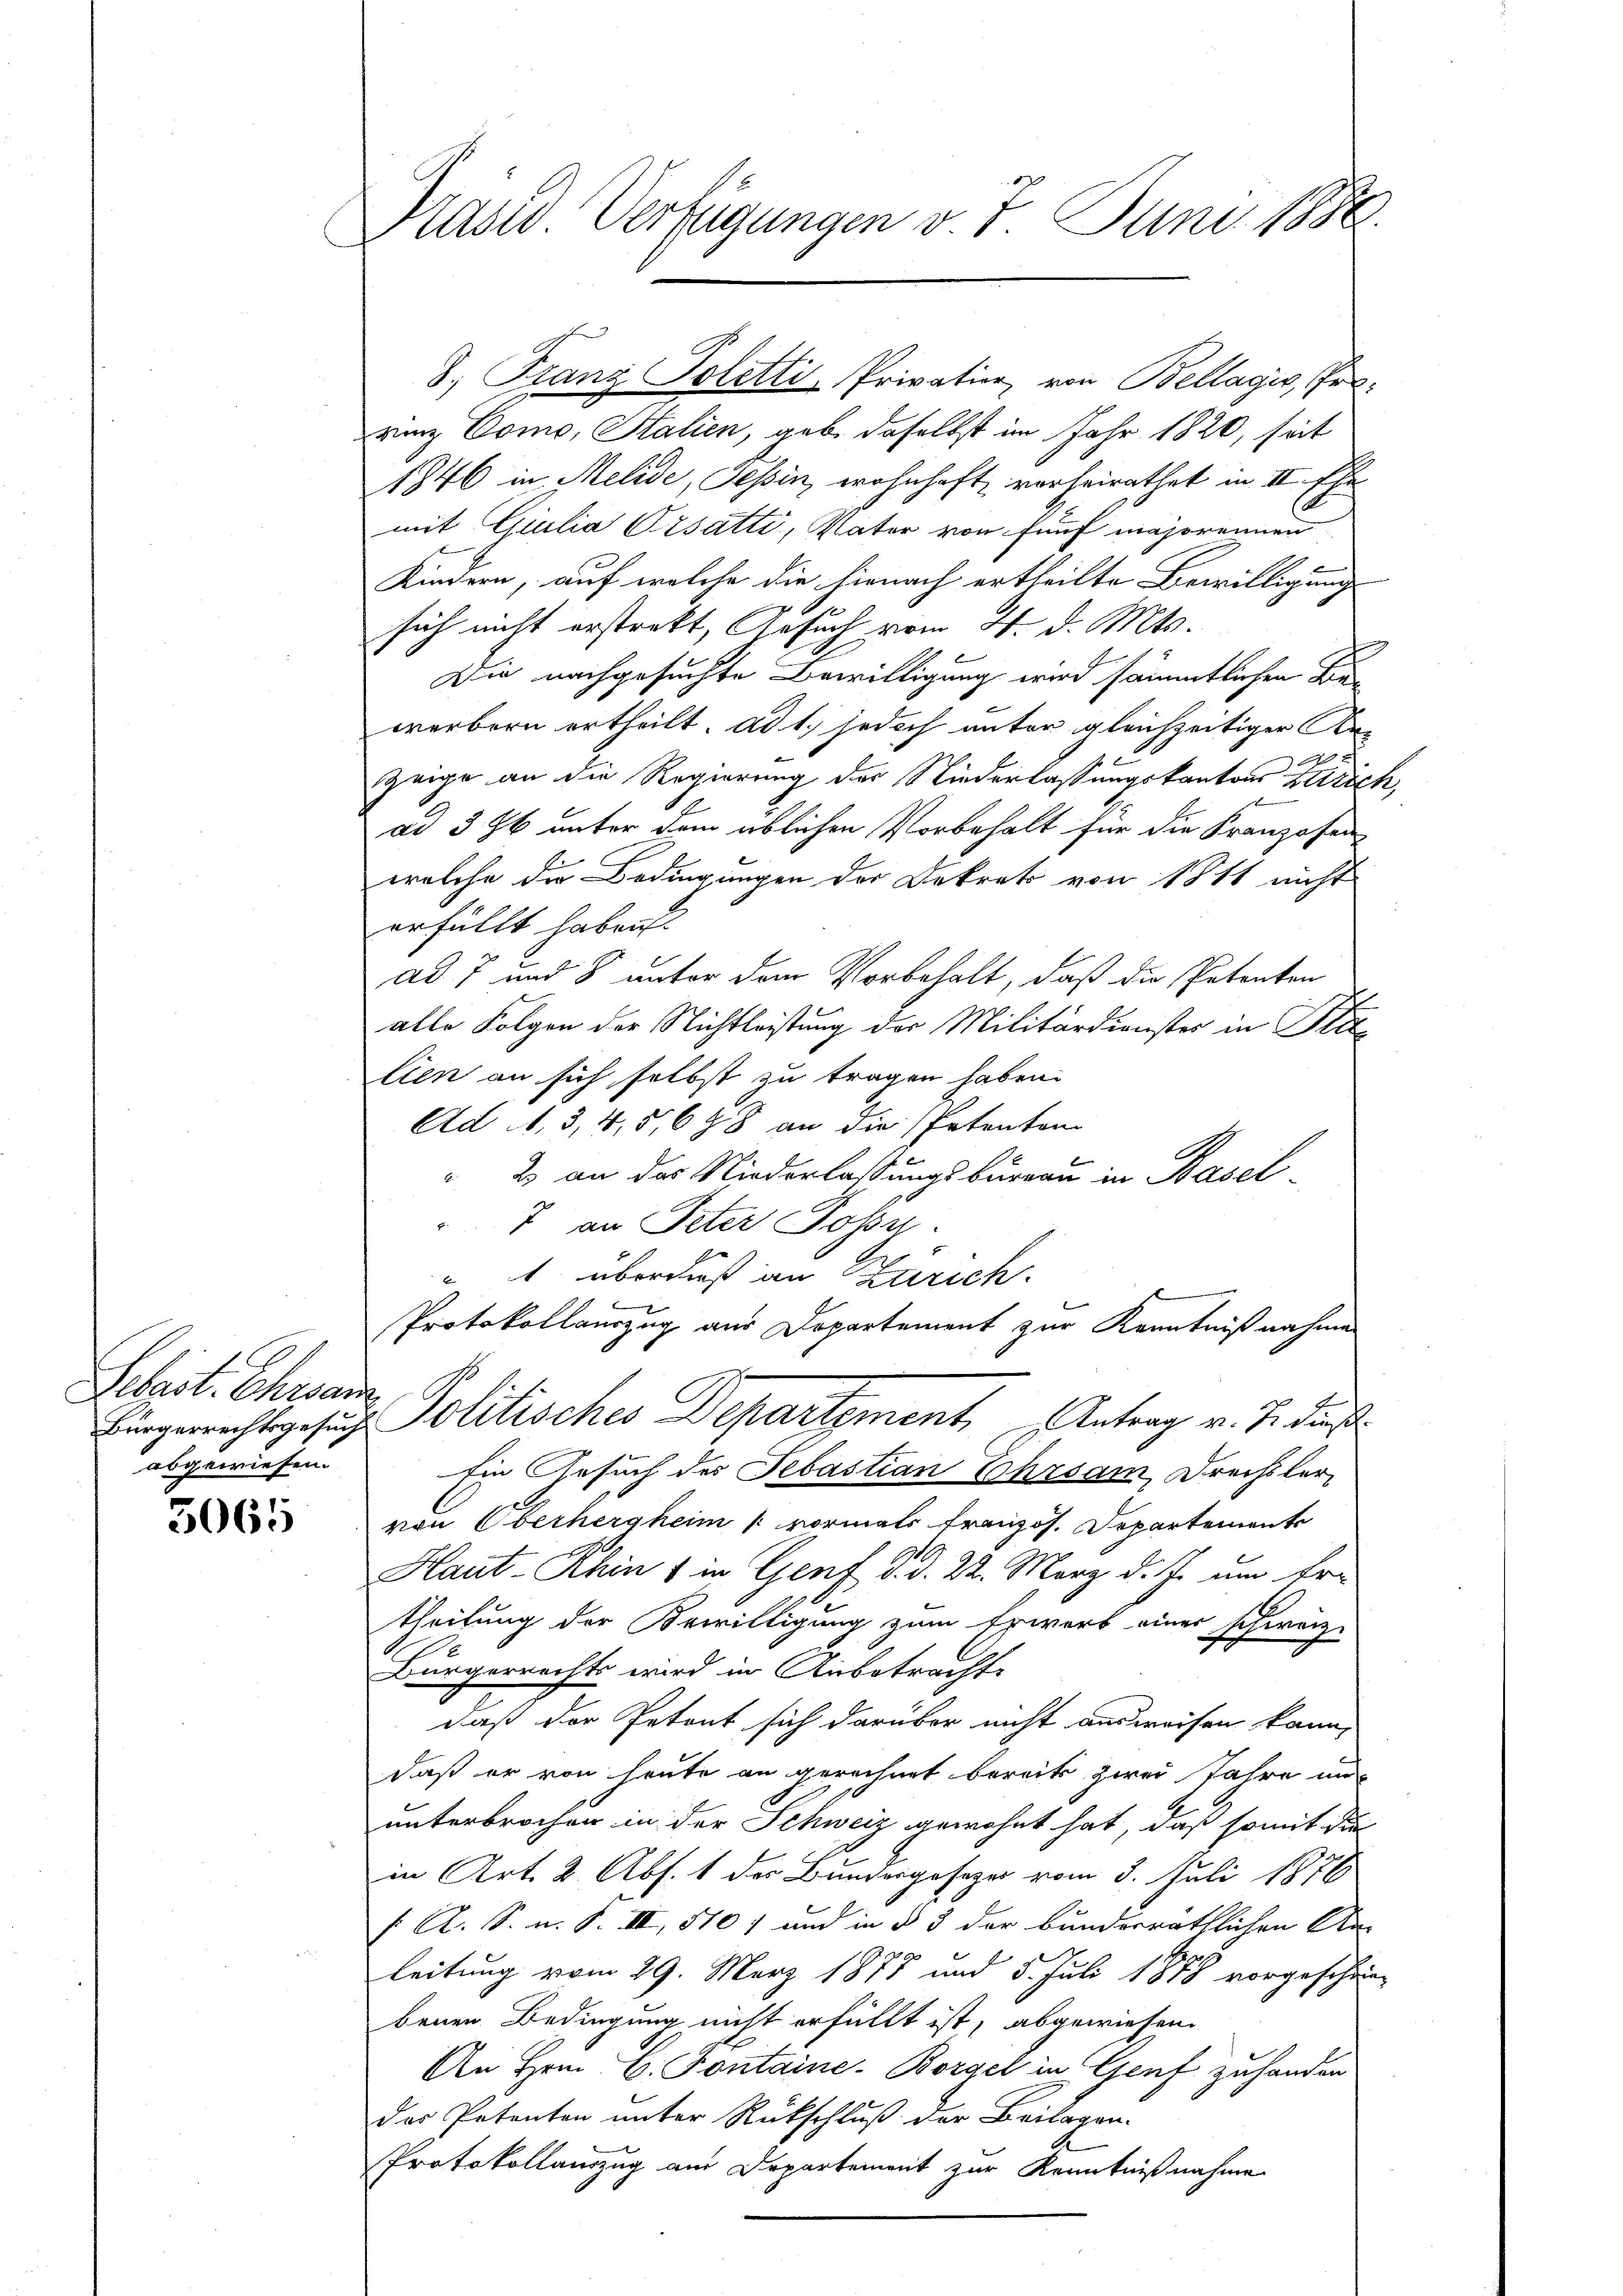
Sebast. Chronin
abgewiesen.

3065

Präsid. Verfügungen v. 7. Juni 1886.

rinz Como, Stalien, geb. daselbst im Jahr 1820, seit
1846 in Melide, Tessin, wohnhaft vorheirathet in II. Ehe
mit Giulia Ursatti, Vater von fünf majorennen
Kindern, auf welche die hienach ertheilte Bewilligung
sich nicht erstrakt, Gesuch vom 4. d. Mts.
Die nachgesuchte Bewilligung wird sämmtlichen Be
werbern ertheilt. ad 1. jedoch unter gleichzeitiger An¬
Zeige an die Regierung der Niederlassungskantons Zürich,
ad 396 unter dem üblichen Vorbehalt für die Kranzosen-
welche die Bedingungen der Dekrets von 1811 nicht
erfüllt haben.
ad 7 und 8 unter den Vorbehalt, daß die Petenten
alle Folgen der Nichtleistung der Militärdienster in Blitlien an sich selbst zu tragen haben.
Ad A, 3, 4, 5, 698 an die Petenton
" 2 an das Niederlassungsbureau in Basel-
7 an Peter Josu
 1 überdieß an Zürich.
5
9
Protokollauszug aus Departement zur Kenntnißnahmen
Eingerechtsgesuch Politisches Departement Antrag v. J. dieß
Ein Gesuch des Sebastian Ehrsam, Drechsler-
ven Oberhergheim vormals französ. Departemente
Haut-Rhin 1 in Genf d. d. 22. März d. J. um Er-
theilung der Bewilligung zum Erwerb einer schweiz.
Bürgerrechts wird in Anbetrachte
daß der Petent sich darüber nicht ausweisen kann,
daß er von heute an gerechnet bereits zwei Jahre un
unterbrochen in der Schweiz gewohnt hat, daß somit die
in Art. 2. Abs. 1 des Bundesgesezes vom 5. Juli 1876
[: A. S. n. F. III, 570, und in § 3 der bunderräthlichen An-
R. 20.
leitung vom 29. März 1878 und 5. Juli 1878 vorgeschein
benen Bedingung nicht erfüllt ist, abgewiesen.
An Hrn. B. Fontaine-Borgel in Genf zuhanden
der Petenten unter Rückschluß der Beilagen.
Protokollauszug am Departement zur Kenntnißnahme

8. Franz Poletti, Privation, von Bellagio, Pro¬